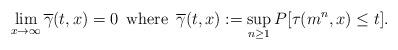
LaTeX: \begin{align*}\lim_{x\rightarrow \infty}\overline{\gamma}(t,x) = 0 \,\,\, \textrm{where} \,\,\, \overline{\gamma}(t,x) := \sup_{n\geq 1} P[\tau(m^n,x)\leq t].\end{align*}